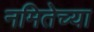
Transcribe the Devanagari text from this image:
नमितेच्या